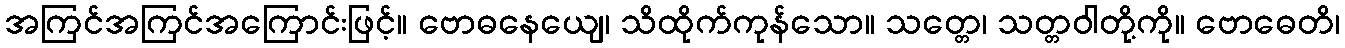
အကြင်အကြင်အကြောင်းဖြင့်။ ဗောဓနေယျေ၊ သိထိုက်ကုန်သော။ သတ္တေ၊ သတ္တဝါတို့ကို။ ဗောဓေတိ၊